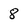
Character: 8